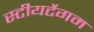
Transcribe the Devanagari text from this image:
स्टीयर्टेगम